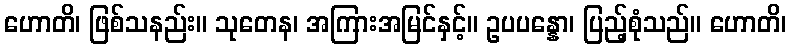
ဟောတိ၊ ဖြစ်သနည်း။ သုတေန၊ အကြားအမြင်နှင့်။ ဥပပန္နော၊ ပြည့်စုံသည်။ ဟောတိ၊